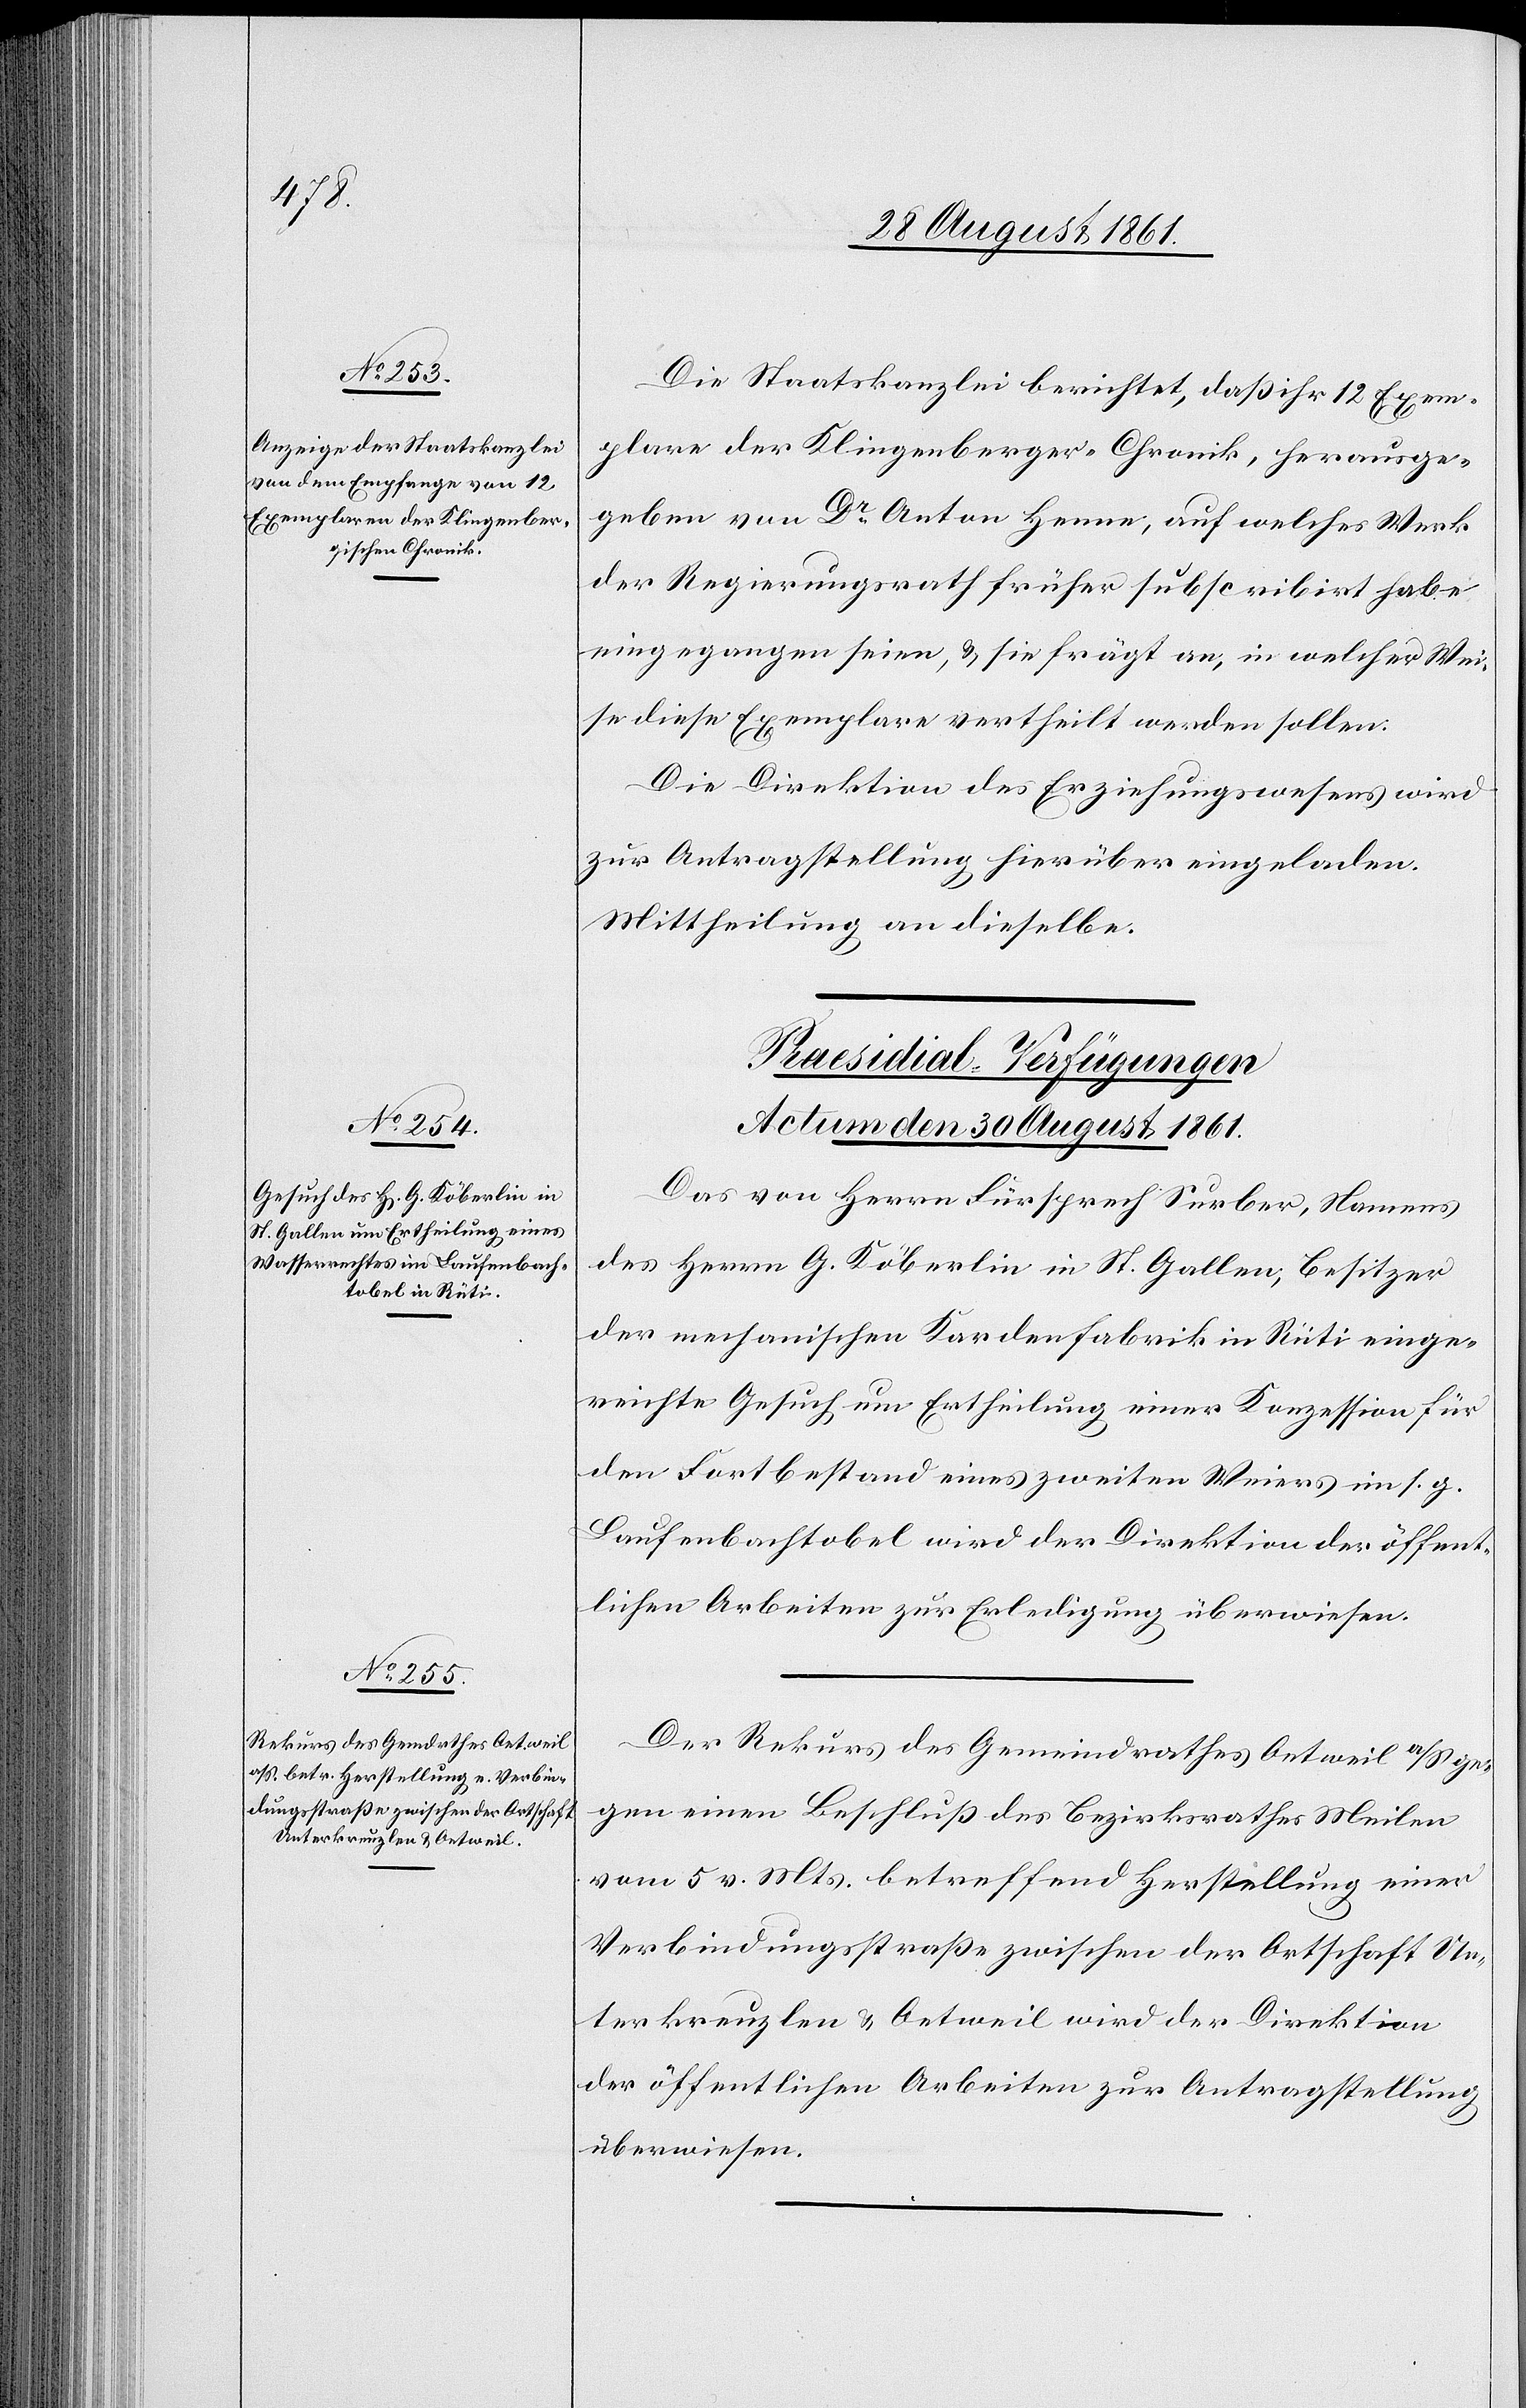
Die Staatskanzlei berichtet, daß ihr 12 Exem¬
plare der Klingenberger-Chronik, herausge¬
geben von Dr Anton Henne, auf welches Werk
der Regierungsrath früher subscribirt habe
eingegangen seien, u. sie frägt an, in welcher Wei¬
se diese Exemplare vertheilt werden sollen.
Die Direktion des Erziehungswesens wird
zur Auftragsstellung hierüber eingeladen.
Mittheilung an dieselbe.
[Präsidial-Verfügungen.
Actum den 30 August 1861.]
Das von Herrn Fürsprech Surber, Namens
des Herrn G. Köberlin in St. Gallen, Besitzer
der mechanischen Kardenfabrik in Rüti einge¬
reichte Gesuch um Ertheilung einer Konzession für
den Fortbestand eines zweiten Weiers im s. g.
Laufenbachtobel wird der Direktion der öffent¬
lichen Arbeiten zur Erledigung überwiesen.
Der Rekurs des Gemeindrathes Oetweil a/S. ge¬
gen einen Beschluß des Bezirksrathes Meilen
vom 5 v. Mts. betreffend Herstellung einer
Verbindungsstraße zwischen der Ortschaft Un¬
terkreuzlen u. Oetweil wird der Direktion
der öffentlichen Arbeiten zur Antragstellung
überwiesen.